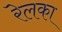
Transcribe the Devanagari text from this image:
रेलका